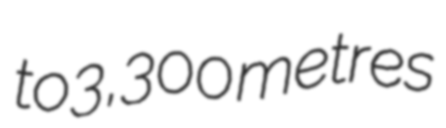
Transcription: to 3,300 metres